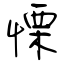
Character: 慄